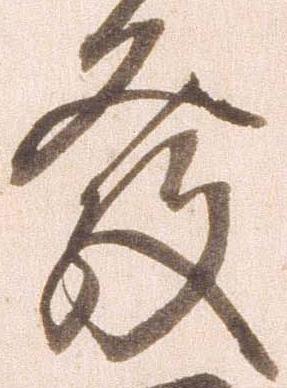
発